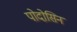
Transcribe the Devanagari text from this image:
पोदोसिन